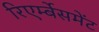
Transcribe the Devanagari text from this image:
रिएर्म्बेसमेंट